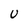
Character: U